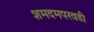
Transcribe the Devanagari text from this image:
शमदमपरवडी